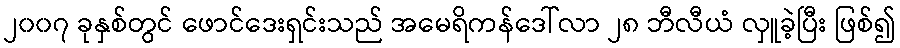
၂၀၀၇ ခုနှစ်တွင် ဖောင်ဒေးရှင်းသည် အမေရိကန်ဒေါ်လာ ၂၈ ဘီလီယံ လှူခဲ့ပြီး ဖြစ်၍